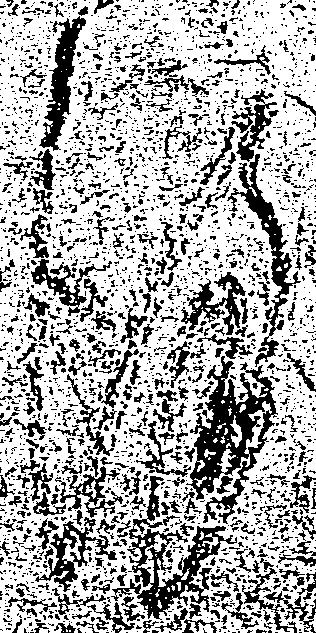
謹